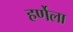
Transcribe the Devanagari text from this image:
हर्णेला